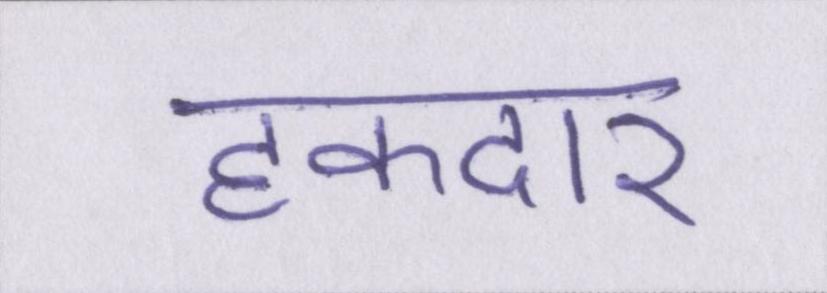
हकदार